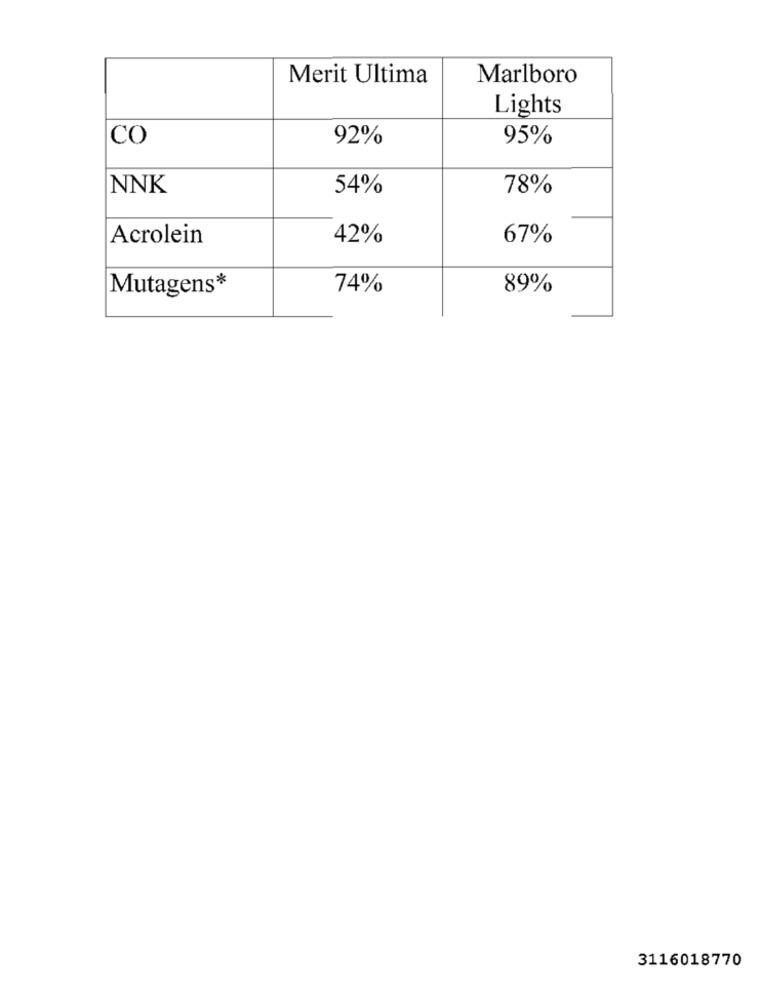
Merit Ultima
Marlboro
Lights
CO
92%
95%
NNK
54%
78%
Acrolein
42%
67%
Mutagens*
74%
89%
3116018770